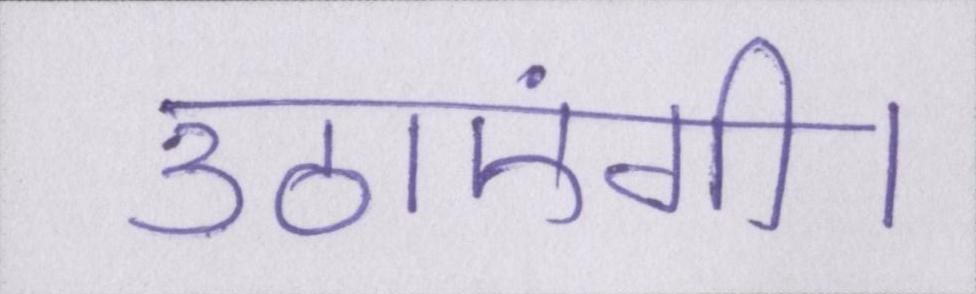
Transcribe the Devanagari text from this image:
उठाएंगी।